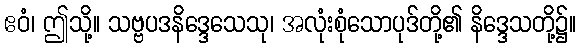
ဧဝံ၊ ဤသို့။ သဗ္ဗပဒနိဒ္ဒေသေသု၊ အလုံးစုံသောပုဒ်တို့၏ နိဒ္ဒေသတို့၌။